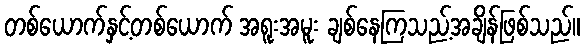
တစ်ယောက်နှင့်တစ်ယောက် အရူးအမူး ချစ်နေကြသည့်အချိန်ဖြစ်သည်။